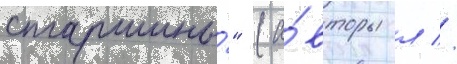
старшины́" (а́вторы л //